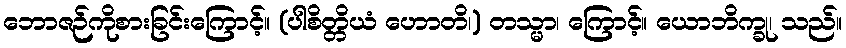
ဘောဇဉ်ကိုစားခြင်းကြောင့်။ (ပါစိတ္တိယံ ဟောတိ၊) တသ္မာ၊ ကြောင့်။ ယောဘိက္ခု၊ သည်။